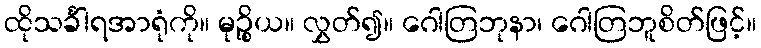
ထိုသင်္ခါရအာရုံကို။ မုဉ္စိုယ။ လွှတ်၍။ ဂေါတြဘုနာ၊ ဂေါတြဘူစိတ်ဖြင့်။